Senior Leaving Certificate Examination (including Day School Certificate (Higher) General paper), 1946
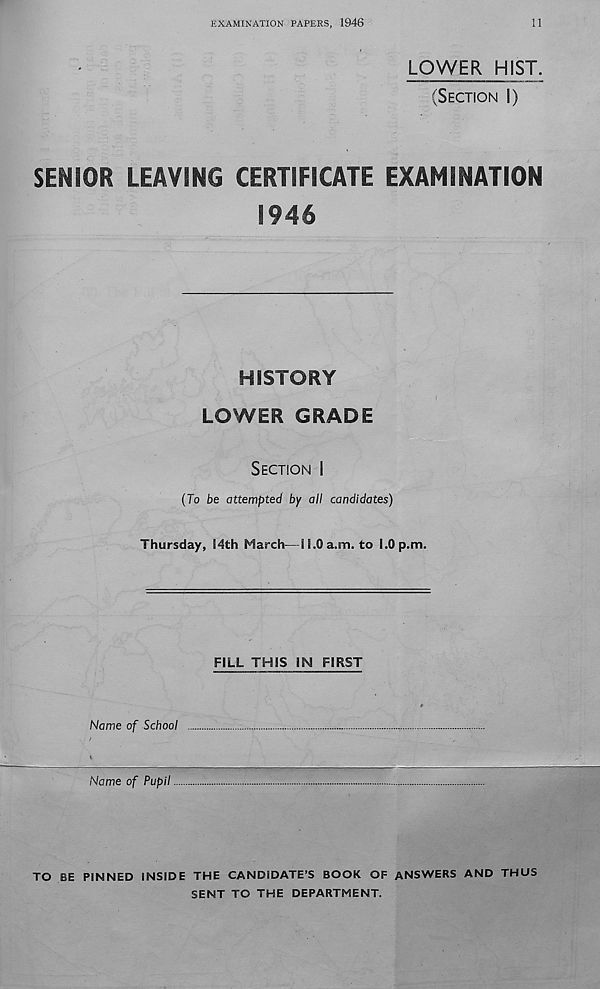
EXAMINATION PAPERS, 1946
11
LOWER HIST.
(SECTION I)
SENIOR LEAVING CERTIFICATE EXAMINATION
1946
HISTORY
LOWER GRADE
SECTION I
(To be attempted by all candidates)
Thursday, 14th March—H.Oa.m. to 1.0 p.m.
FILL THIS IN FIRST
Name of School
Name of Pupil
TO BE PINNED INSIDE THE CANDIDATE’S BOOK OF ANSWERS AND THUS
SENT TO THE DEPARTMENT.